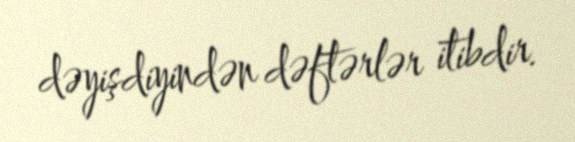
dəyişdiyindən dəftərlər itibdir.